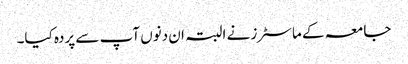
جامعہ کے ماسٹرز نے البتہ ان دنوں آپ سے پردہ کیا۔